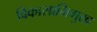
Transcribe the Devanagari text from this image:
विकासाभिमुख